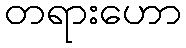
တရားဟော